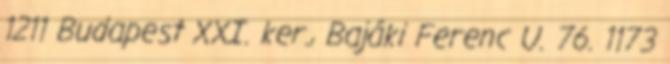
1211 Budapest XXI. ker., Bajáki Ferenc U. 76. 1173